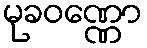
မုခဝဏ္ဏော